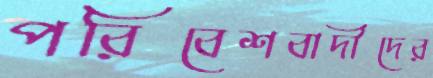
পরিবেশবাদীদের